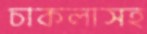
চাকলাসহ